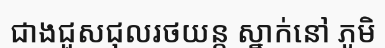
ជាងជួសជុលរថយន្ត ស្នាក់នៅ ភូមិ